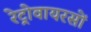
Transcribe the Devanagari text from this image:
रेट्रोवायरसों